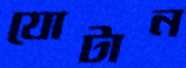
যোটান